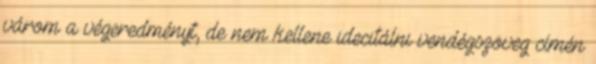
várom a végeredményt, de nem kellene idecitálni vendégszöveg címén